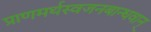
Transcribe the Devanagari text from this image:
प्राणमर्थस्वजनबान्धवान्